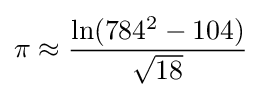
\pi \approx {\frac {\ln(784^{2}-104)}{\sqrt {18}}}